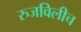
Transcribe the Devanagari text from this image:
रुजविलीच